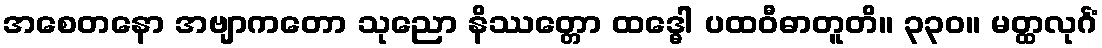
အစေတနော အဗျာကတော သုညော နိဿတ္တော ထဒ္ဓေါ ပထဝီဓာတူတိ။ ၃၃၀။ မတ္ထလုင်္ဂံ